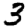
Digit: 3